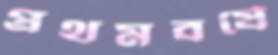
প্রথমবর্ষে